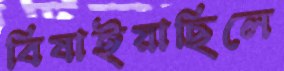
বিষাইয়াছিলে